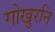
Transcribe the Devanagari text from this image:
गोखुरनि